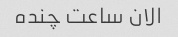
الان ساعت چنده